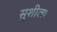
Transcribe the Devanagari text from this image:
सुशील।